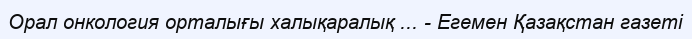
Орал онкология орталығы халықаралық ... - Егемен Қазақстан газеті